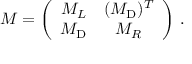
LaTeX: M = \left( \begin{array} { c c } { { \displaystyle M _ { L } \null } } & { { \null \displaystyle ( M _ { \mathrm { D } } ) ^ { T } } } \\ { { \displaystyle M _ { \mathrm { D } } \null } } & { { \null \displaystyle M _ { R } } } \end{array} \right) \, .